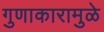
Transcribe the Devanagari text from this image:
गुणाकारामुळे